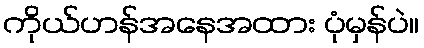
ကိုယ်ဟန်အနေအထား ပုံမှန်ပဲ။